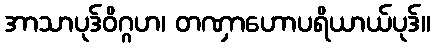
အာသာပုဒ်ဝိဂ္ဂဟ၊ တဏှာဟောပရိယာယ်ပုဒ်။